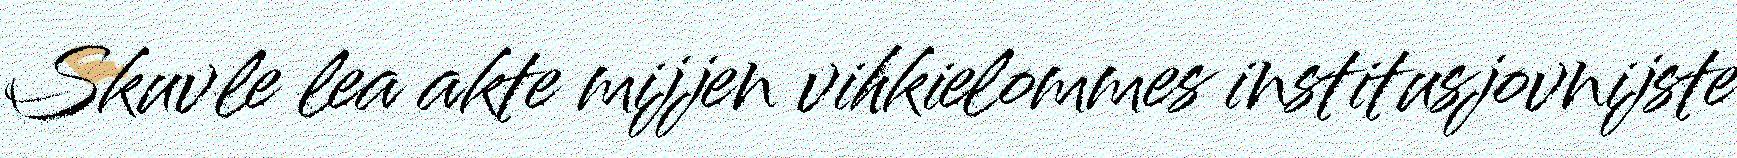
Skuvle lea akte mijjen vihkielommes institusjovnijste